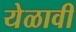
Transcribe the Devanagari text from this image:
येळावी